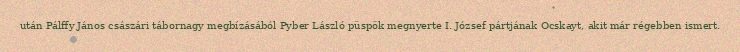
után Pálffy János császári tábornagy megbízásából Pyber László püspök megnyerte I. József pártjának Ocskayt, akit már régebben ismert.